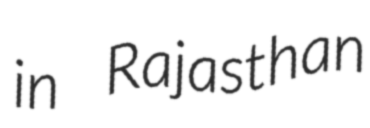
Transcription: in Rajasthan